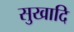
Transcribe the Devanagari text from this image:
सुखादि